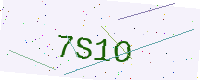
Text: 7S1O